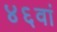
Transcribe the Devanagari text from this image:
४६वां